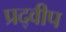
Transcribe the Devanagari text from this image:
प्रद्वीप